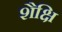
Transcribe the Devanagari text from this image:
शैक्षि